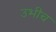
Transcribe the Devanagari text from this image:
उभीच